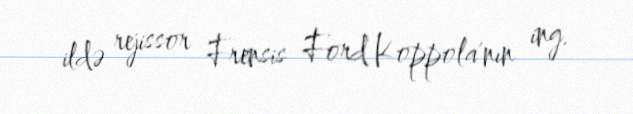
ildə rejissor Frensis Ford Koppola'nın ing.